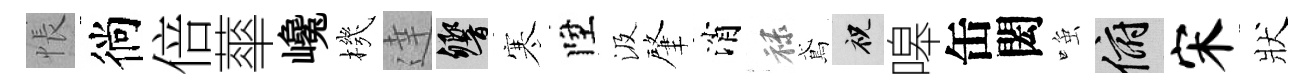
悵徜倍蕐巉機達響寒陞汲肇消禄鳶祝嗥缶閎𫪻俯宋狀